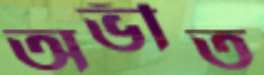
অভীত